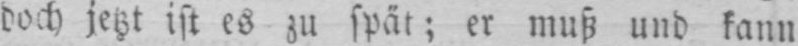
doch jetzt ist es zu spät; er muß und kann